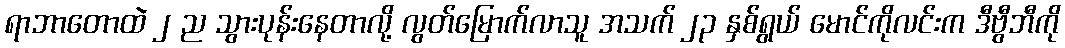
ရာဘာတောထဲ ၂ ည သွားပုန်းနေတာလို့ လွတ်မြောက်လာသူ အသက် ၂၃ နှစ်ရွယ် မောင်ကိုလင်းက ဒီဗွီဘီကို